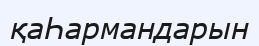
қаҺармандарын